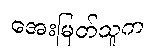
အေးမြတ်သူက